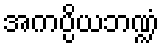
အကပ္ပိယဘဏ္ဍံ